Annual report on the working of the lock hospitals in the Central Provinces
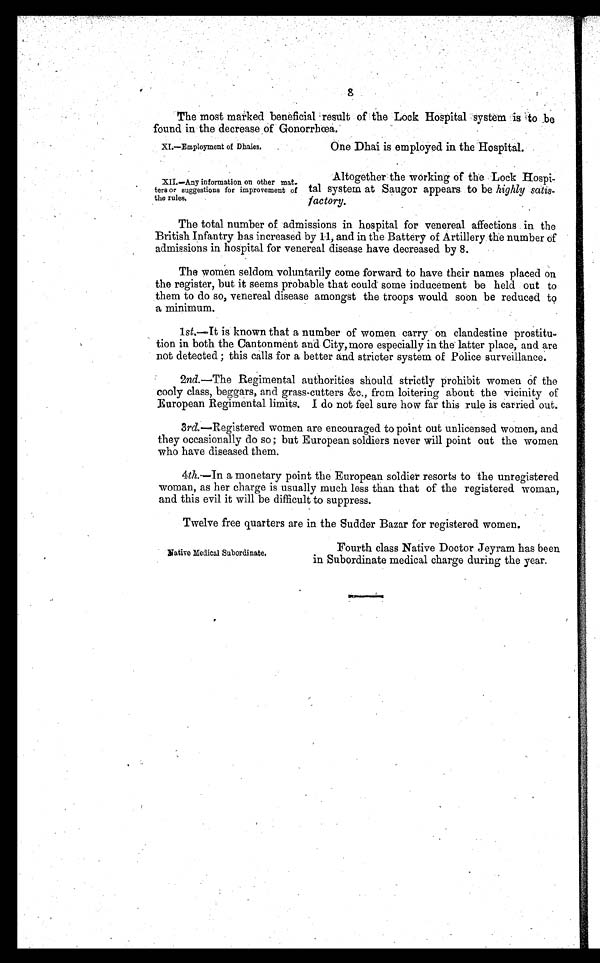
8
The most marked beneficial result of the Lock Hospital system is to be
found in the decrease of Gonorrhœa.
XI.—Employment of Dhaies.
XII.—Any information on other mat.
tern or suggestions for improvement of
the rules.
One Dhai is employed in the Hospital.
Altogether the working of the Lock Hospi
tal system at Saugor appears to be highly satis
factory.
The total number of admissions in hospital for venereal affections in the
British Infantry has increased by 11, and in the Battery of Artillery the number of
admissions in hospital for venereal disease have decreased by 8.
The women seldom voluntarily come forward to have their names placed on
the register, but it seems probable that could some inducement be held out to
them to do so, venereal disease amongst the troops would soon be reduced to
a minimum.
1st. —It
is known that a number of women carry on clandestine prostitu
tion in both the Cantonment and City, more especially in the latter place, and are
not detected ; this calls for a better and stricter system of Police surveillance.
2nd. —The Regimental authorities should strictly prohibit women of the
cooly class, beggars, and grass -cutters &c., from loitering about the vicinity of
European Regimental limits. I do not feel sure how far this rule is carried out.
3rd. —Registered women are encouraged to point out unlicensed women, and
they occasionally do so ; but European soldiers never will point out the women
who have diseased them.
4th. —In a monetary point the European soldier resorts to the unregistered
woman, as her charge is usually much less than that of the registered woman,
and this evil it will be difficult to suppress.
Twelve free quarters are in the Sudder Bazar for registered women.
Native Medical Subordinate.
Fourth class Native Doctor Jeyram has been
in Subordinate medical charge during the year.